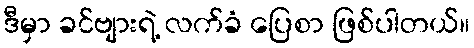
ဒီမှာ ခင်ဗျားရဲ့ လက်ခံ ပြေစာ ဖြစ်ပါတယ်။